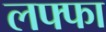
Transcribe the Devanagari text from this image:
लफ्फा